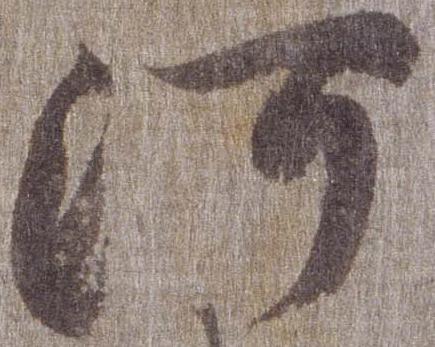
河